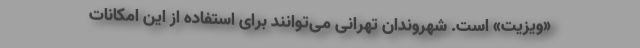
«ویزیت» است. شهروندان تهرانی می‌توانند برای استفاده از این امکانات